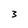
Character: 3